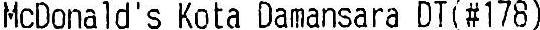
MCDONALD'S KOTA DAMANSARA DT(#178)